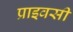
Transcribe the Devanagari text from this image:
प्राइवसी